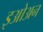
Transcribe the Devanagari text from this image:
इओअन